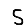
Digit: 5